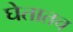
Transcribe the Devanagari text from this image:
घेतातच